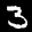
Label: 3